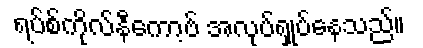
ရပ်စ်ကိုလ်နီကော့ဗ် အလုပ်ရှုပ်နေသည်။